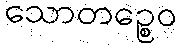
သောတဉ္စေဝ